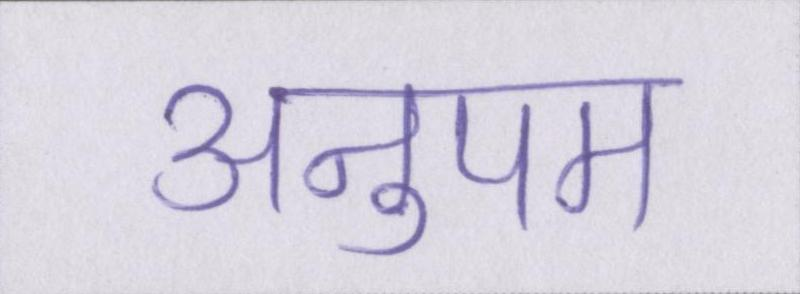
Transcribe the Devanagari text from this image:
अनुपम